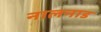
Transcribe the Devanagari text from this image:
नालनाड